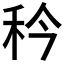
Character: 𬓢